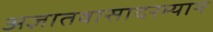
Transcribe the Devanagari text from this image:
अज्ञातवासादरम्यान